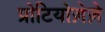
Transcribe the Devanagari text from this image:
प्रोटियोज़ेज़े